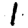
Digit: 1